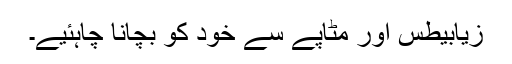
زیابیطس اور مٹاپے سے خود کو بچانا چاہئیے۔